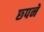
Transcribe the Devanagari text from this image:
छ्पने